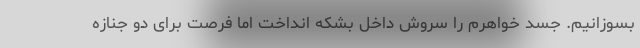
بسوزانیم. جسد خواهرم را سروش داخل بشکه انداخت اما فرصت برای دو جنازه